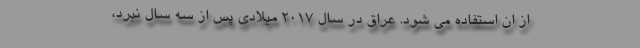
از ان استفاده می شود. عراق در سال ۲۰۱۷ میلادی پس از سه سال نبرد،